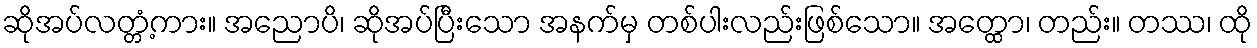
ဆိုအပ်လတ္တံ့ကား။ အညောပိ၊ ဆိုအပ်ပြီးသော အနက်မှ တစ်ပါးလည်းဖြစ်သော။ အတ္ထော၊ တည်း။ တဿ၊ ထို